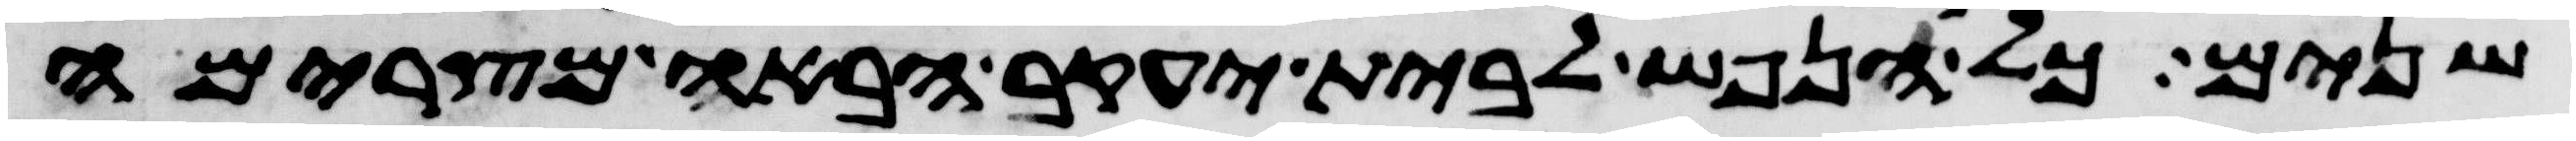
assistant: שנים כל הנפש לבית יעקב הבאה מצרימה